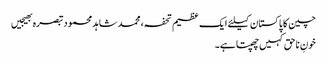
چین کا پاکستان کیلئے ایک عظیم تحفہ، محمد شاہد محمودتبصرہ بھیجیں
خونِ ناحق کہیں چھپتاہے۔